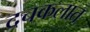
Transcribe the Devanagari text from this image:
दचकलात